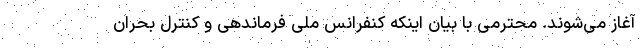
آغاز می‌شوند. محترمی با بیان اینکه کنفرانس ملی فرماندهی و کنترل بحران